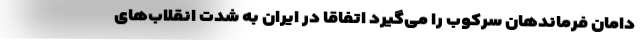
دامان فرماندهان سرکوب را می‌گیرد اتفاقا در ایران به شدت انقلاب‌های